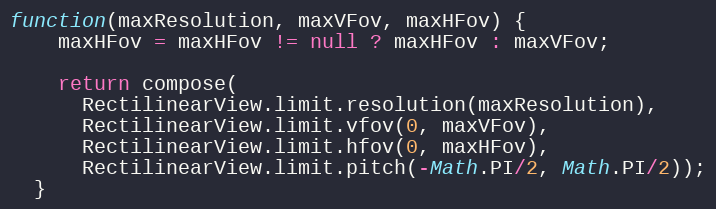
Language: JavaScript
function(maxResolution, maxVFov, maxHFov) {
    maxHFov = maxHFov != null ? maxHFov : maxVFov;

    return compose(
      RectilinearView.limit.resolution(maxResolution),
      RectilinearView.limit.vfov(0, maxVFov),
      RectilinearView.limit.hfov(0, maxHFov),
      RectilinearView.limit.pitch(-Math.PI/2, Math.PI/2));
  }